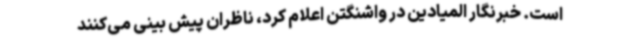
است. خبرنگار المیادین در واشنگتن اعلام کرد، ناظران پیش بینی می‌کنند